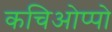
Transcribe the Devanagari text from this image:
कचिओप्पो